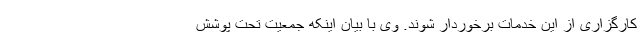
کارگزاری از این خدمات برخوردار شوند. وی با بیان اینکه جمعیت تحت پوشش